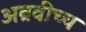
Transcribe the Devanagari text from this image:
अब्रवीच्च